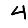
Digit: 4